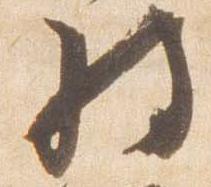
将